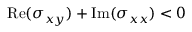
\mathrm { R e } ( \sigma _ { x y } ) + \mathrm { I m } ( \sigma _ { x x } ) < 0